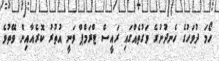
ހޯމަ ދުވަހުގެ ހެނދުނުގެ ވަގުތެއްގައި ރައީސް ޓްރަމްޕް ވަނީ އުތުރު ކޮރެއާއިން ވޭތުވެ